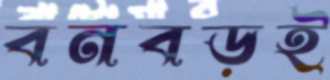
বনবড়ই